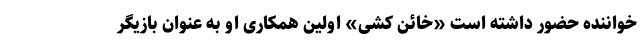
خواننده حضور داشته است «خائن کشی» اولین همکاری او به عنوان بازیگر